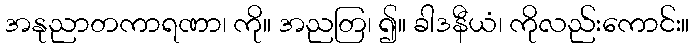
အနုညာတကာရဏာ၊ ကို။ အညတြ၊ ၍။ ခါဒနီယံ၊ ကိုလည်းကောင်း။